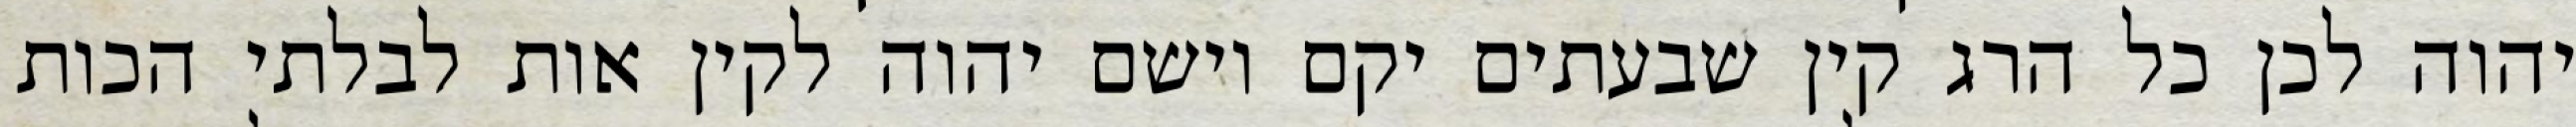
יהוה לכן כל הרג קין שבעתים יקם וישם יהוה לקין אות לבלתי הכות